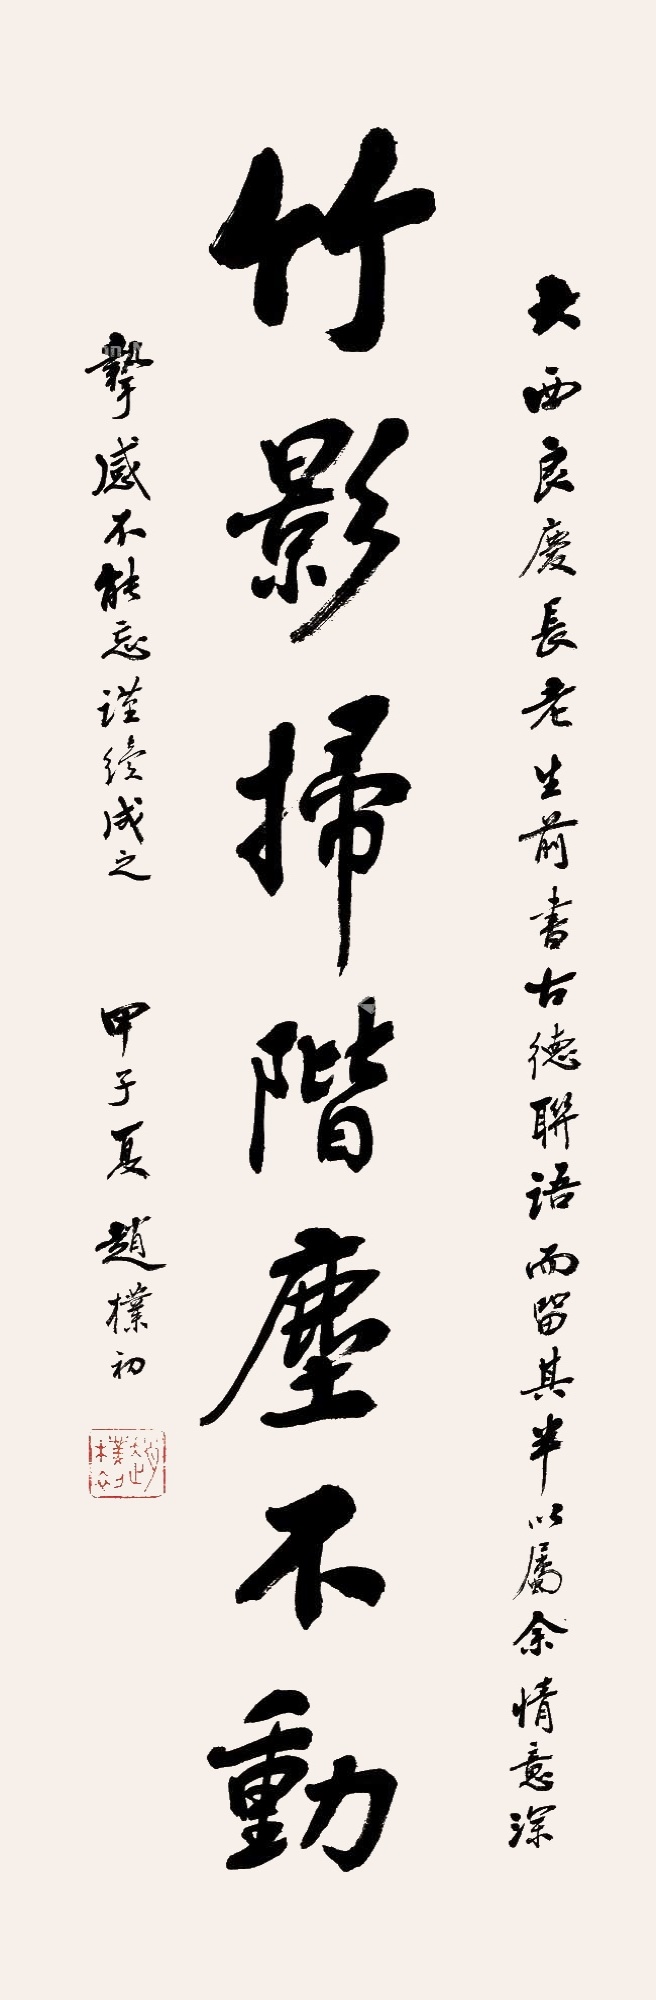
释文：竹影扫阶尘不动。大西良庆长老生前书古德联语而留其中以属余情意深挚感不能忘，谨续成之。甲子夏，赵朴初。